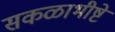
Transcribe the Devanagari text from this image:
सकळाभीष्टे